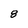
Character: 8